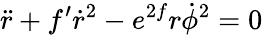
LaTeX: \ddot{r}+f^{\prime}\dot{r}^{2}-e^{2f}r\dot{\phi}^{2}=0